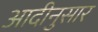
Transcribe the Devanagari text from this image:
आदीनुसार